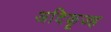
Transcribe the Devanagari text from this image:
अदिकूज्ह